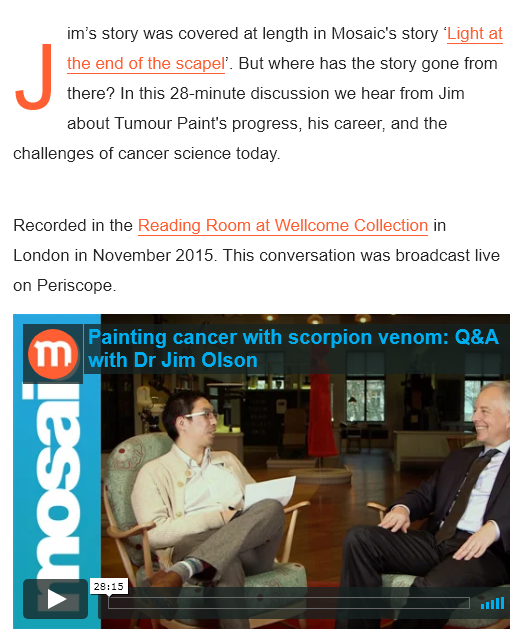
Painting cancer  with scorpion  venom:  Q&A
     with Dr Jim  Olson
  Recorded in the Reading Room at Wellcome Collection in
  London in November 2015. This conversation was broadcast live
  on Periscope
     im’s story was covered at length in Mosaic’s story ‘Light
  at
     the end of the scapel’. But where has the story gone from
     there? In this 28-minute discussion we hear from Jim
     about Tumour Paint's progress, his career, and the
  challenges of cancer science today.